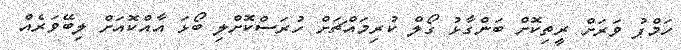
ހަމްޕު ވަރަށް ރީތިކޮށް ބަންގާޅު ގޯލް ކުރިމައްޗަށް ހުރަސްކޮށްލި ބޯޅަ އާއްކޮއަށް ލިބޭވަރެއް